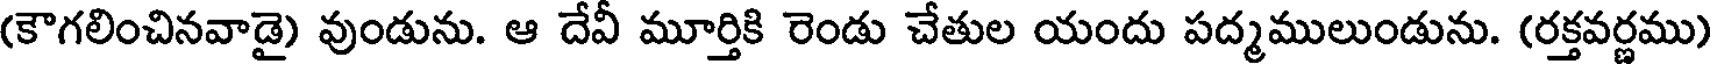
(కౌగలించినవాడై) వుండును. ఆ దేవీ మూర్తికి రెండు చేతుల యందు పద్మములుండును. (రక్తవర్ణము)